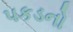
પકડનો